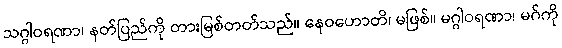
သဂ္ဂါဝရဏာ၊ နတ်ပြည်ကို တားမြစ်တတ်သည်။ နေဝဟောတိ၊ မဖြစ်။ မဂ္ဂါဝရဏာ၊ မဂ်ကို